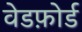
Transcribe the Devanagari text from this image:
वेडफ़ोर्ड